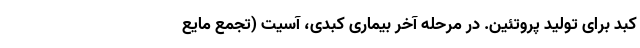
کبد برای تولید پروتئین. در مرحله آخر بیماری کبدی، آسیت (تجمع مایع